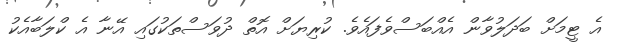
އެ ޓީމަށް ބަދަލުވާން އެއްބަސްވެފައެވެ. ކުރިޔަށް އޮތް ދުވަސްތަކުގައި އޭނާ އެ ކްލަބާއެކު